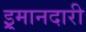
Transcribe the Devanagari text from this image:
इ्रमानदारी